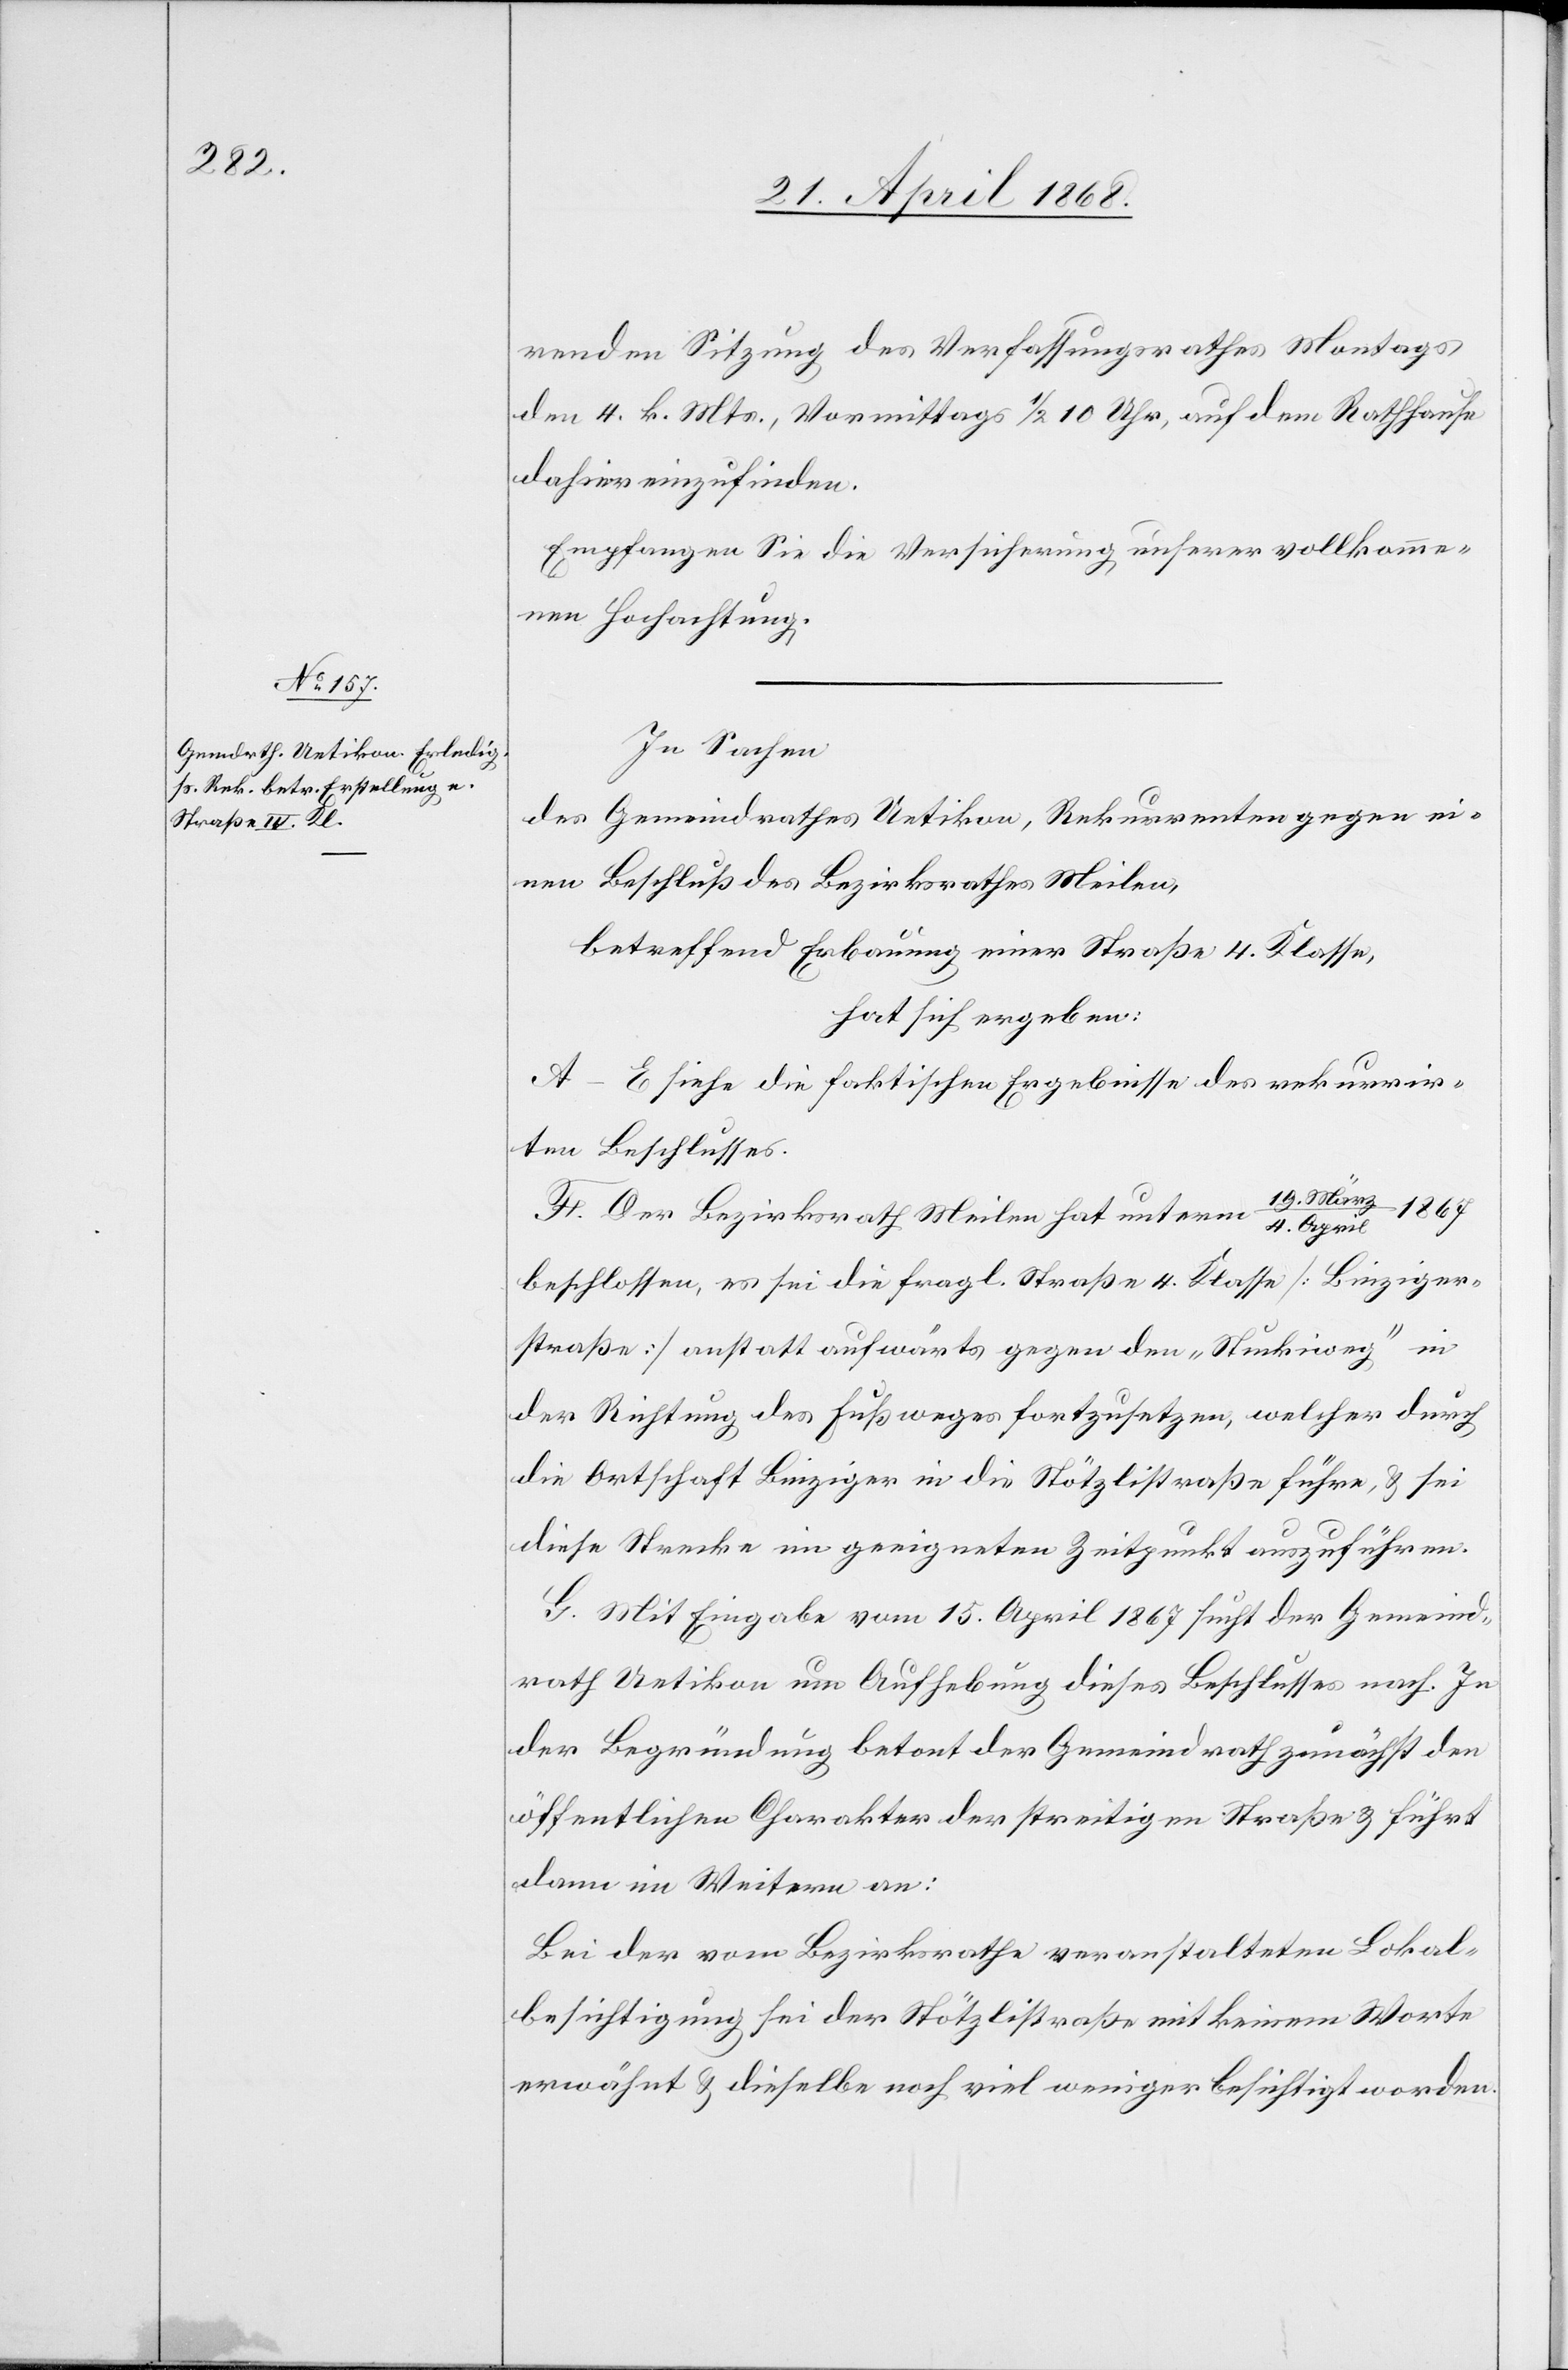
/ 4. April 1867
renden Sitzung des Verfassungsrathes Montags
den 4. k. Mts., Vormittags 1/2 10 Uhr, auf dem Rathhause
dahier einzufinden.
Empfangen Sie die Versicherung unserer vollkomme¬
nen Hochachtung.
In Sachen
des Gemeindrathes Uetikon, Rekurrenten gegen ei¬
nen Beschluß des Bezirksrathes Meilen,
betreffend Erbauung einer Straße 4. Klasse,
hat sich ergeben:
A–E siehe die faktischen Ergebnisse des rekurrir¬
ten Beschlusses.
F. Der Bezirksrath Meilen hat unterm 19. März
beschlossen, es sei die fragl. Straße 4. Klasse [Binziger¬
straße] anstatt aufwärts gegen den „Stuckiweg“ in
der Richtung des Fußweges fortzusetzen, welcher durch
die Ortschaft Binziger in die Stötzlistraße führe, & sei
diese Strecke im geeigneten Zeitpunkt auszuführen.
G. Mit Eingabe vom 15. April 1867 sucht der Gemeind¬
rath Uetikon um Aufhebung dieses Beschlusses nach. In
der Begründung betont der Gemeindrath zunächst den
öffentlichen Charakter der streitigen Straße & führt
dann im Weitern an:
Bei der vom Bezirksrathe veranstalteten Lokal¬
besichtigung sei der Stötzlistraße mit keinem Worte
erwähnt & dieselbe noch viel weniger besichtigt worden.